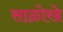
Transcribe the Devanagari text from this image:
साळोखे